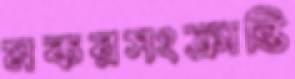
মকরসংক্রান্তি